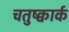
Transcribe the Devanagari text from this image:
चतुष्क्वार्क